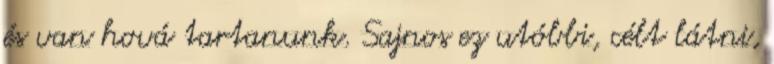
és van hová tartanunk. Sajnos ez utóbbi, célt látni,